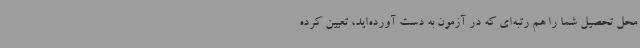
محل تحصیل شما را هم رتبه‌ای که در آزمون به دست آورده‌اید، تعیین کرده